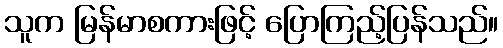
သူက မြန်မာစကားဖြင့် ပြောကြည့်ပြန်သည်။